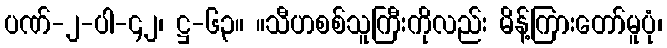
ပဏ်-၂-ပါ-၄၂၊ ဋ္ဌ-၆၃။ ။သီဟစစ်သူကြီးကိုလည်း မိန့်ကြားတော်မူပုံ၊